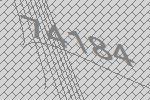
74184